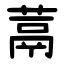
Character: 蒚